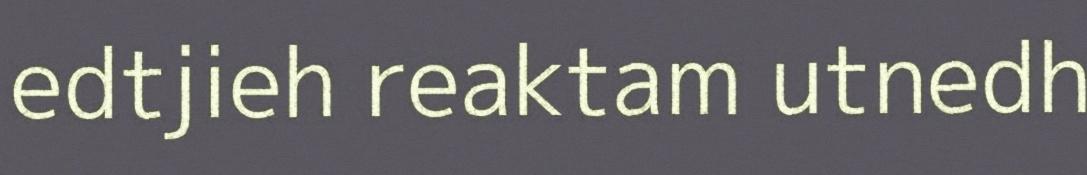
edtjieh reaktam utnedh